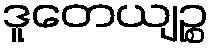
ဒူတေယျဉ္စ